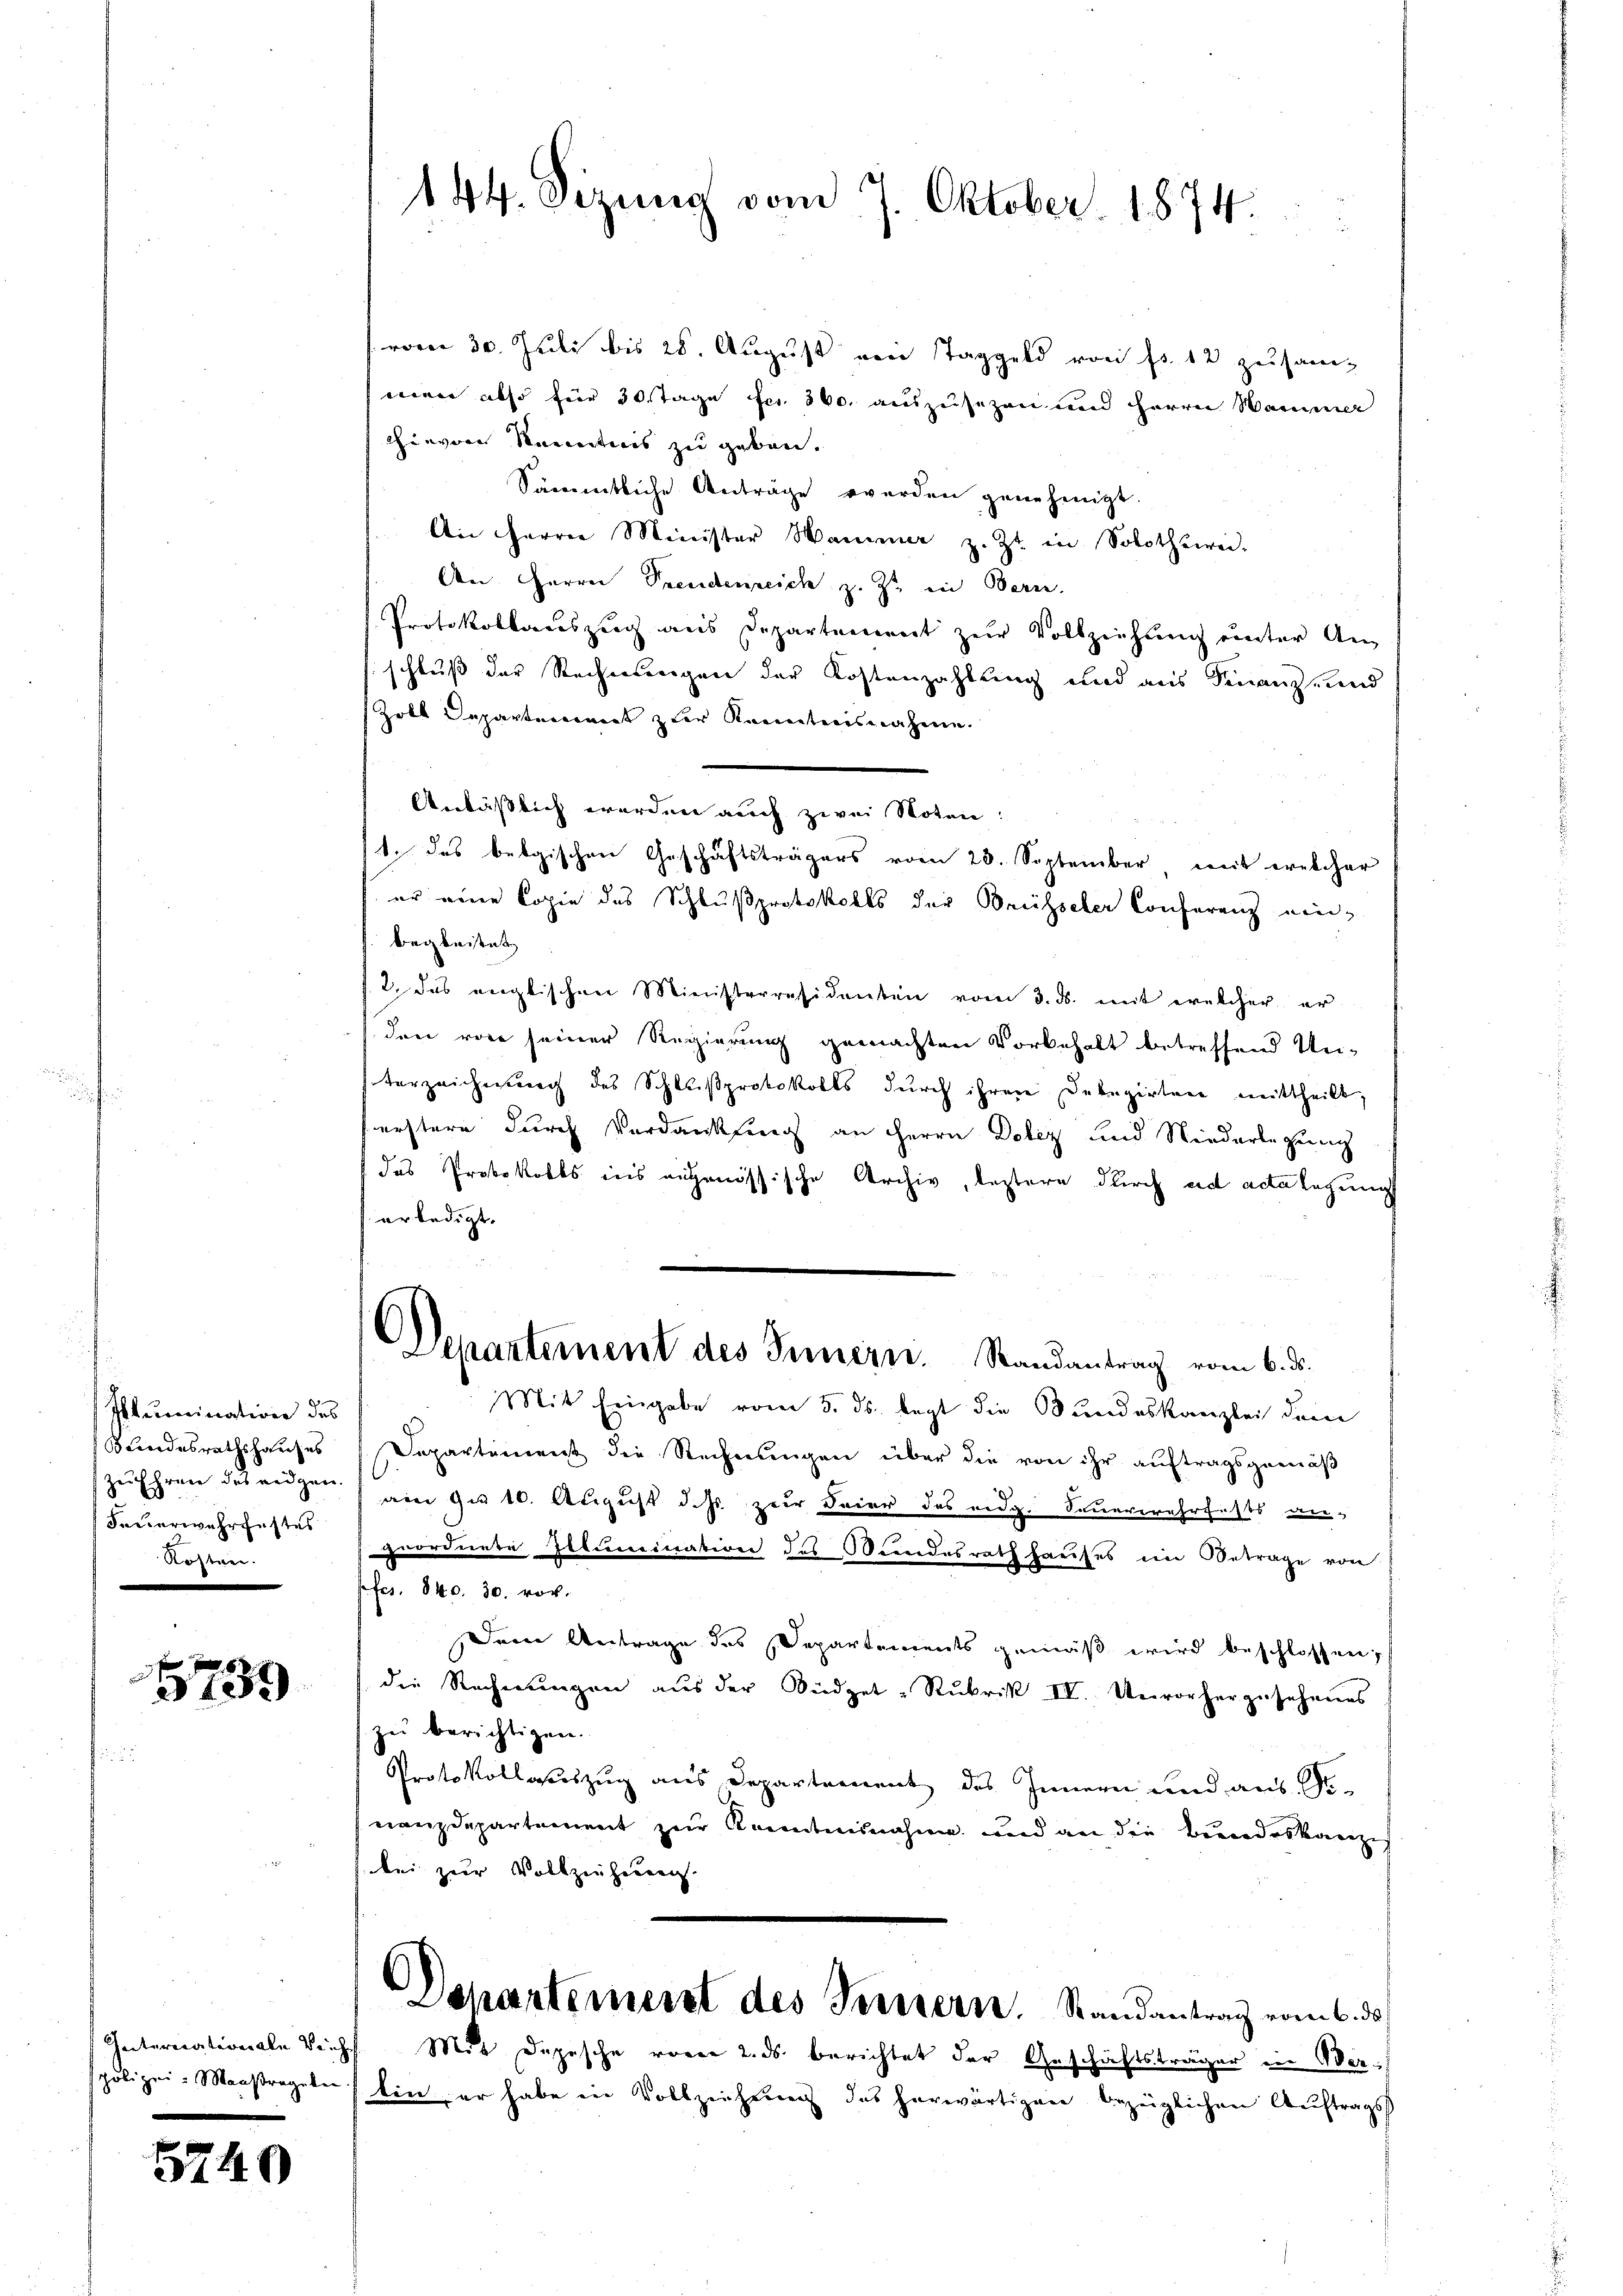
Ilumination des
Bundesrathshauses
zuEhren des eidgen.
Feuerwehrfistes
Kosten.

3739

polizei & Maaßregelen
e

5740

144. Sizung vom 7. Oktober. 1874.

Anläßlich werden auch zwei Noten:

vom 30. Juli bis 28. August von Taggeld von Fr. 12 zusam-
men also für 30 Tage fr. 360. auszusezen und Herrn Hammer
hievor Kenntnis zu geben.
Sämmtliche Anträge werden genehmigt.
An Herrn Minister Sammer z. Zt. in Solothzwei-
An Herrn Seeudenreich z. Z. ein Bern.
Protokollauszug aus Departement zur Vollziehung unter An
schluß der Rechnungen der Kostenzahlung und aus Finanz- und
Zoll Departement zur Kenntnisnahme.
1. das belgischen Geschäftsträgers vom 23. September mit welcher
er eine Copie des Schlußprotokolls der Breitseler Conferenz ein¬
Begleitet
2. das englischen Ministerresidenten vom 3. ds. mit welcher er
den vor seiner Regierung gemachten Vorbehalt betreffend Un-
terzeichnung des Schlußprotokolls durch ihren Debegirten mittheilt,
ferstere durch Verdankung an Herrn Dotiz und Niederlegung
das Protokolls ins eigenössische Archiv, leztere durch ad acta legung
erledigt.
Separtement des Innern. Randantrag vom 6. ds.
Mit Eingabe vom 5. ds. legt die Bundeskanzlei dem
Departement die Rechnungen über die von ihr auftragsgemäß
am 9. 10. August dass zur Feier des eidg. Feuerwehrfests an-
geordnete Illumination des Bundesrath hauses ein Betrage von
pfes. 840. 30. vor.
Dein Antrage des Departements gemäß wird beschlossen;
die Rechnungen aus der Büdget-Rukris IV. Vervorherzusehenens
zu berichtigen.
Protokollauszug aus Departement des Innern und aus Genanzdepartement zur Kenntnisnahme und an die Bundeskan
ze
bei zur Vollziehung.
Departement des Ternern. Randantrag vom 6. ds
Internationale Viehh. Mit Depesche vom 2. ds. berichtet der Geschäftsträger in Wer
bin er habe in Vollziehung des herwärtigen bezüglichen Auftrags